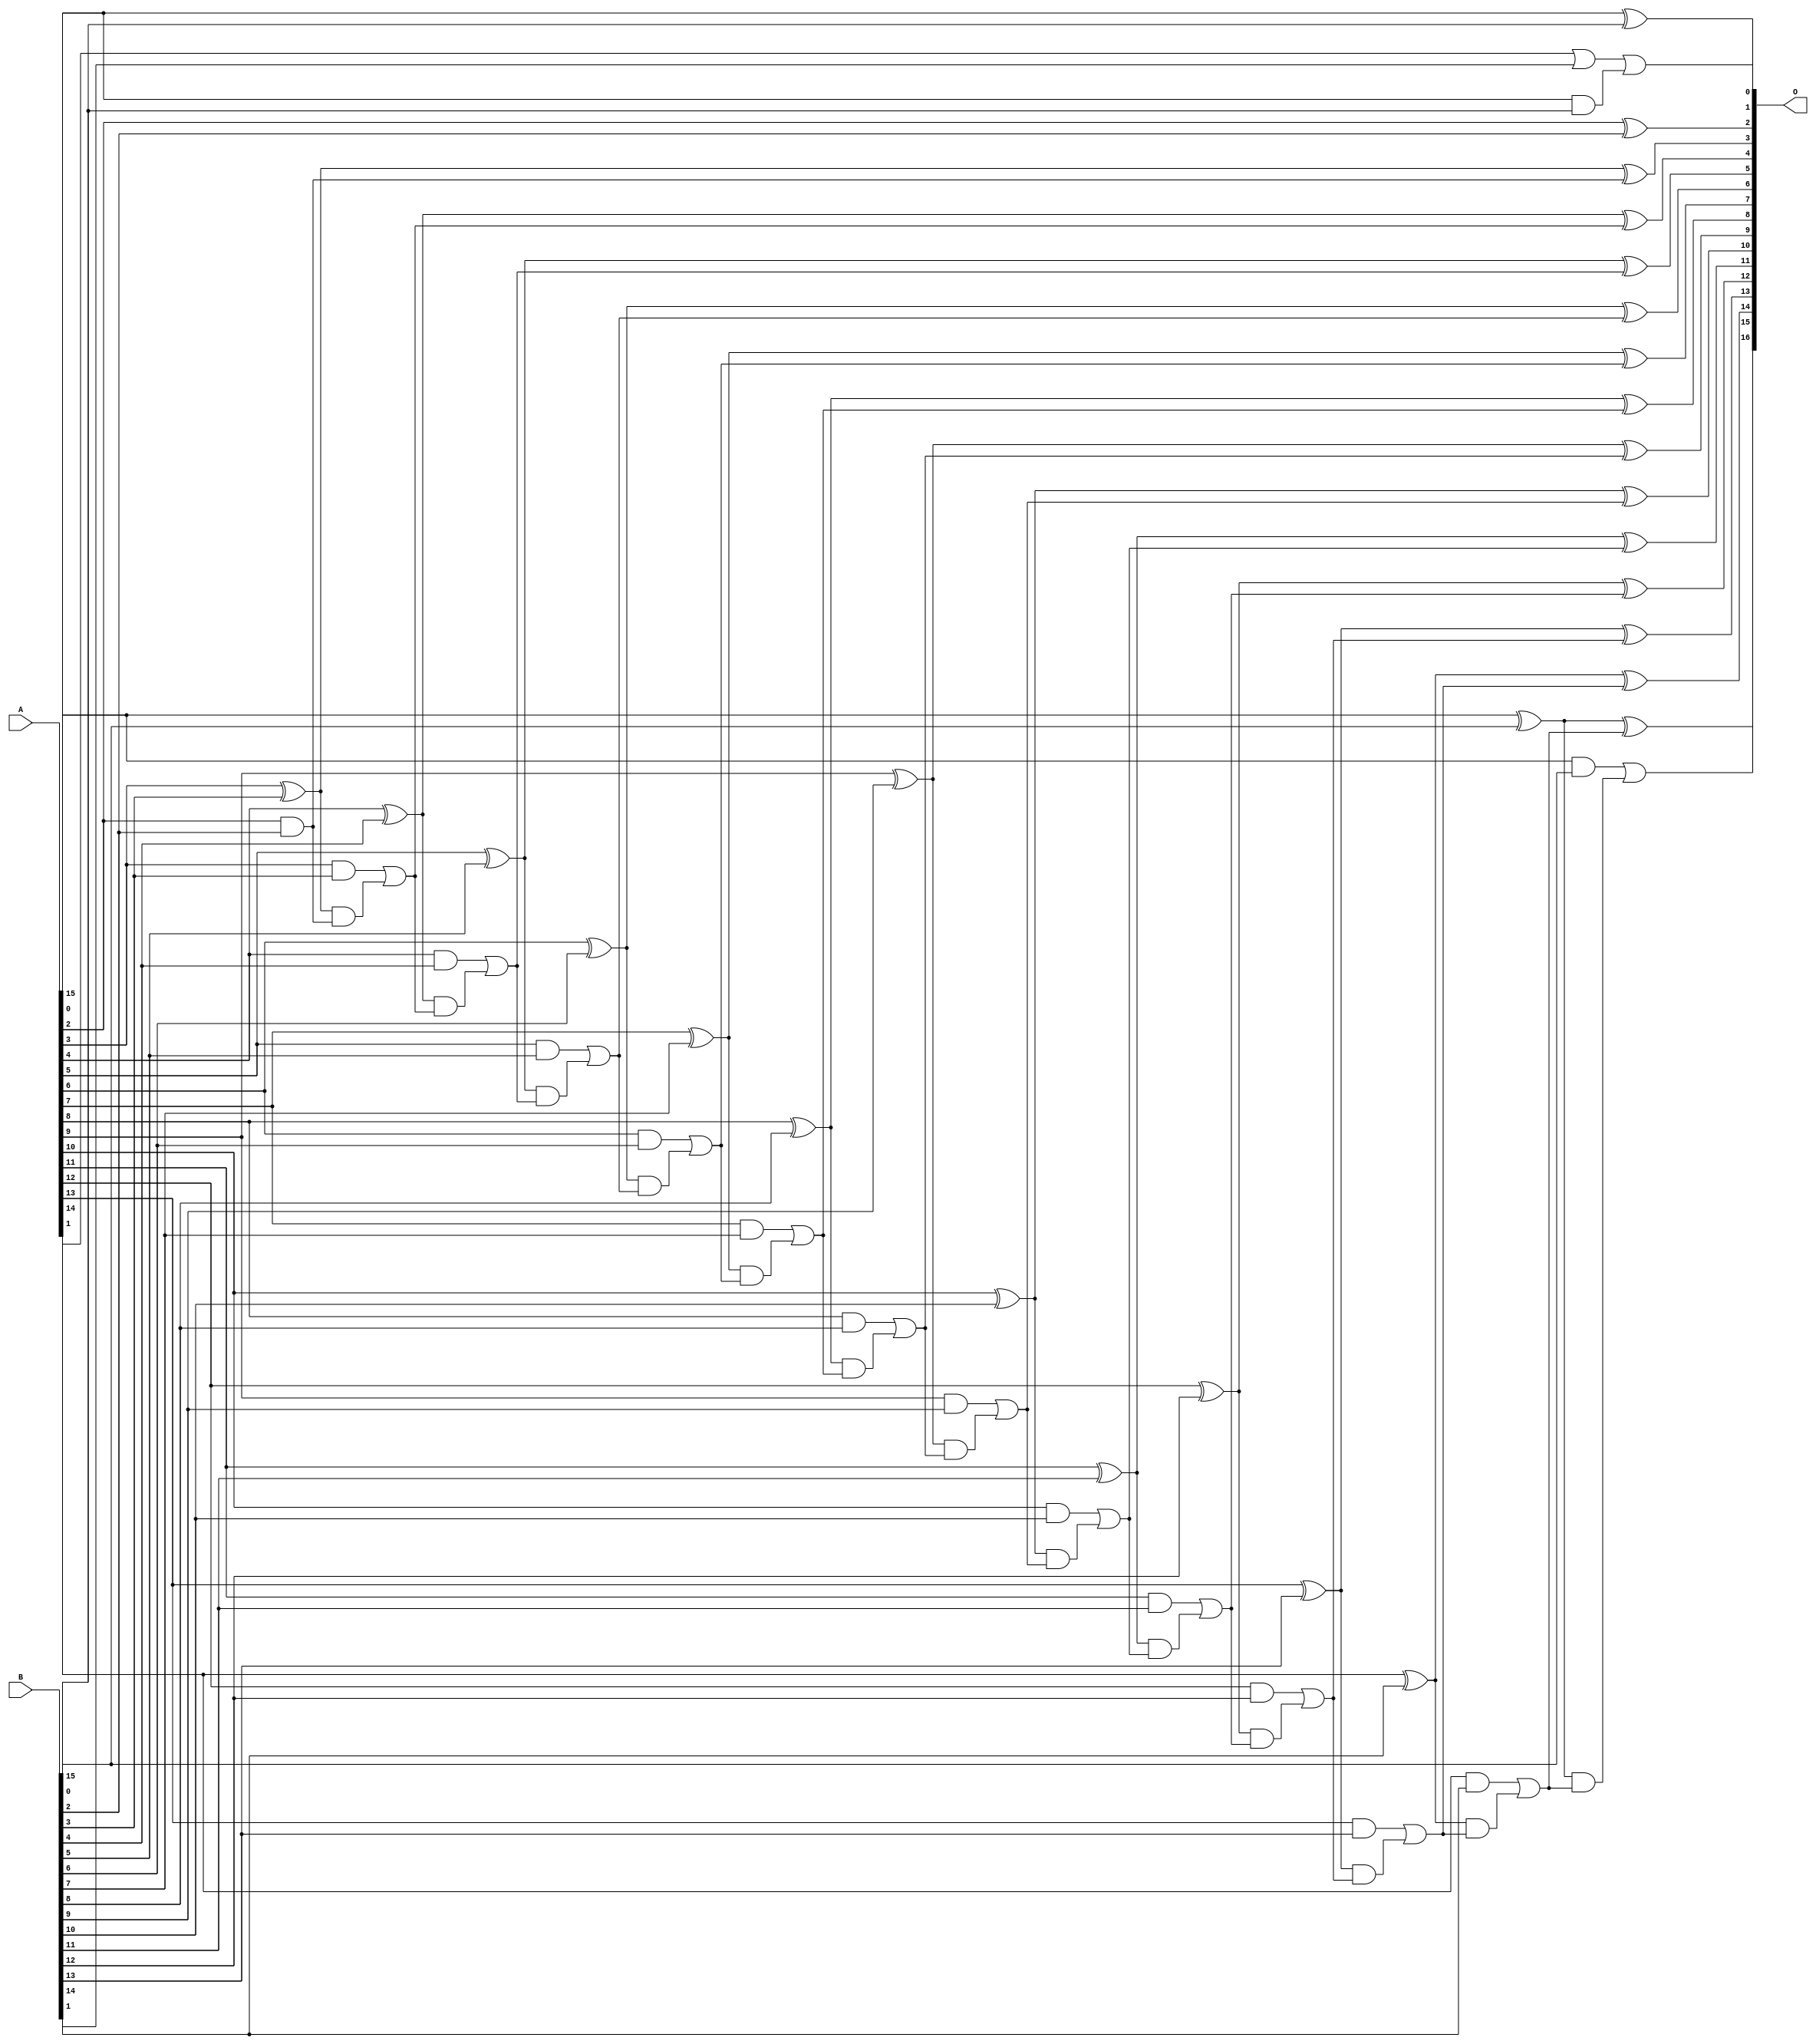
// This program was cloned from: https://github.com/ehw-fit/evoapproxlib
// License: MIT License

/***
* This code is a part of EvoApproxLib library (ehw.fit.vutbr.cz/approxlib) distributed under The MIT License.
* When used, please cite the following article(s): V. Mrazek, L. Sekanina, Z. Vasicek "Libraries of Approximate Circuits: Automated Design and Application in CNN Accelerators" IEEE Journal on Emerging and Selected Topics in Circuits and Systems, Vol 10, No 4, 2020 
* This file contains a circuit from a sub-set of pareto optimal circuits with respect to the pwr and ep parameters
***/
// MAE% = 0.00069 %
// MAE = 0.9 
// WCE% = 0.0031 %
// WCE = 4.0 
// WCRE% = 66.67 %
// EP% = 37.50 %
// MRE% = 0.0019 %
// MSE = 2.2 
// PDK45_PWR = 0.065 mW
// PDK45_AREA = 138.4 um2
// PDK45_DELAY = 1.12 ns


module add16u_1DM(A, B, O);
  input [15:0] A, B;
  output [16:0] O;
  wire sig_33, sig_34, sig_39, sig_40, sig_43, sig_44;
  wire sig_45, sig_46, sig_48, sig_49, sig_50, sig_51;
  wire sig_53, sig_54, sig_55, sig_56, sig_58, sig_59;
  wire sig_60, sig_61, sig_63, sig_64, sig_65, sig_66;
  wire sig_68, sig_69, sig_70, sig_71, sig_73, sig_74;
  wire sig_75, sig_76, sig_78, sig_79, sig_80, sig_81;
  wire sig_83, sig_84, sig_85, sig_86, sig_88, sig_89;
  wire sig_90, sig_91, sig_93, sig_94, sig_95, sig_96;
  wire sig_98, sig_99, sig_100, sig_101, sig_103, sig_104;
  wire sig_105, sig_106;
  assign O[0] = A[0] ^ B[0];
  assign sig_33 = A[0] & B[0];
  assign sig_34 = A[1] | B[1];
  assign O[1] = sig_34 | sig_33;
  assign sig_39 = A[2] ^ B[2];
  assign sig_40 = A[2] & B[2];
  assign O[2] = sig_39;
  assign sig_43 = sig_40;
  assign sig_44 = A[3] ^ B[3];
  assign sig_45 = A[3] & B[3];
  assign sig_46 = sig_44 & sig_43;
  assign O[3] = sig_44 ^ sig_43;
  assign sig_48 = sig_45 | sig_46;
  assign sig_49 = A[4] ^ B[4];
  assign sig_50 = A[4] & B[4];
  assign sig_51 = sig_49 & sig_48;
  assign O[4] = sig_49 ^ sig_48;
  assign sig_53 = sig_50 | sig_51;
  assign sig_54 = A[5] ^ B[5];
  assign sig_55 = A[5] & B[5];
  assign sig_56 = sig_54 & sig_53;
  assign O[5] = sig_54 ^ sig_53;
  assign sig_58 = sig_55 | sig_56;
  assign sig_59 = A[6] ^ B[6];
  assign sig_60 = A[6] & B[6];
  assign sig_61 = sig_59 & sig_58;
  assign O[6] = sig_59 ^ sig_58;
  assign sig_63 = sig_60 | sig_61;
  assign sig_64 = A[7] ^ B[7];
  assign sig_65 = A[7] & B[7];
  assign sig_66 = sig_64 & sig_63;
  assign O[7] = sig_64 ^ sig_63;
  assign sig_68 = sig_65 | sig_66;
  assign sig_69 = A[8] ^ B[8];
  assign sig_70 = A[8] & B[8];
  assign sig_71 = sig_69 & sig_68;
  assign O[8] = sig_69 ^ sig_68;
  assign sig_73 = sig_70 | sig_71;
  assign sig_74 = A[9] ^ B[9];
  assign sig_75 = A[9] & B[9];
  assign sig_76 = sig_74 & sig_73;
  assign O[9] = sig_74 ^ sig_73;
  assign sig_78 = sig_75 | sig_76;
  assign sig_79 = A[10] ^ B[10];
  assign sig_80 = A[10] & B[10];
  assign sig_81 = sig_79 & sig_78;
  assign O[10] = sig_79 ^ sig_78;
  assign sig_83 = sig_80 | sig_81;
  assign sig_84 = A[11] ^ B[11];
  assign sig_85 = A[11] & B[11];
  assign sig_86 = sig_84 & sig_83;
  assign O[11] = sig_84 ^ sig_83;
  assign sig_88 = sig_85 | sig_86;
  assign sig_89 = A[12] ^ B[12];
  assign sig_90 = A[12] & B[12];
  assign sig_91 = sig_89 & sig_88;
  assign O[12] = sig_89 ^ sig_88;
  assign sig_93 = sig_90 | sig_91;
  assign sig_94 = A[13] ^ B[13];
  assign sig_95 = A[13] & B[13];
  assign sig_96 = sig_94 & sig_93;
  assign O[13] = sig_94 ^ sig_93;
  assign sig_98 = sig_95 | sig_96;
  assign sig_99 = A[14] ^ B[14];
  assign sig_100 = A[14] & B[14];
  assign sig_101 = sig_99 & sig_98;
  assign O[14] = sig_99 ^ sig_98;
  assign sig_103 = sig_100 | sig_101;
  assign sig_104 = A[15] ^ B[15];
  assign sig_105 = A[15] & B[15];
  assign sig_106 = sig_104 & sig_103;
  assign O[15] = sig_104 ^ sig_103;
  assign O[16] = sig_105 | sig_106;
endmodule